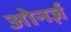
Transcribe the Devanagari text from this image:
ओनर्ज़